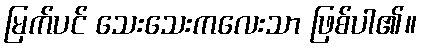
မြက်ပင် သေးသေးကလေးသာ ဖြစ်ပါ၏။